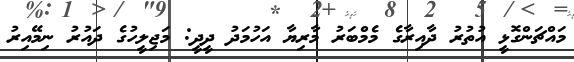
މައްޗަންގޮޅީ އުތުރު ދާއިރާގެ މެމްބަރު މާރިޔާ އަހުމަދު ދީދީ: މަޖިލީހުގެ ދައުރު ނިމޭއިރު